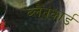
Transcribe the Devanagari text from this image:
ब्लैनकार्ड